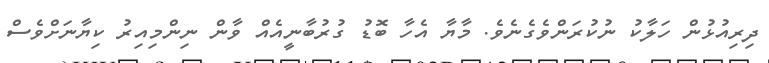
ދިރިއުޅުން ހަލާކު ނުކުރަންވެގެނެވެ. މާޔާ އެހާ ބޮޑު ގުރުބާނީއެއް ވާން ނިންމިއިރު ކިޔާނަށްވެސް